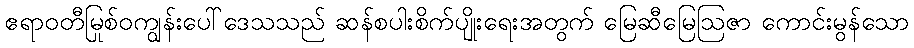
ဧရာဝတီမြစ်ဝကျွန်းပေါ်ဒေသသည် ဆန်စပါးစိုက်ပျိုးရေးအတွက် မြေဆီမြေဩဇာ ကောင်းမွန်သော